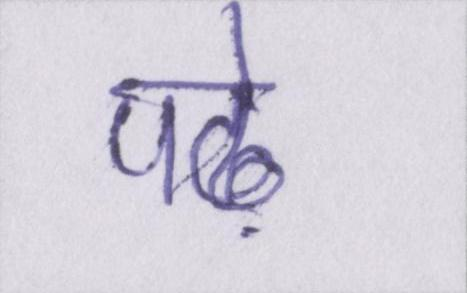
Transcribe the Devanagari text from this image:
पढ़े